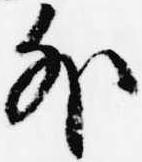
外